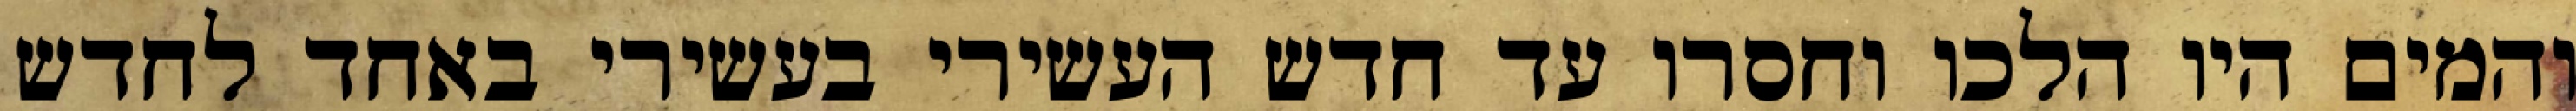
והמים היו הלכו וחסרו עד חדש העשירי בעשירי באחד לחדש